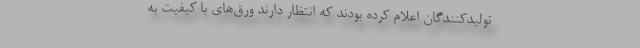
تولیدکنندگان اعلام کرده بودند که انتظار دارند ورق‌های با کیفیت به